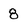
Character: 8